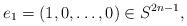
LaTeX: \begin{align*} e_1 = (1,0,\ldots,0) \in S^{2n-1},\end{align*}